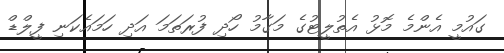
ގައުމީ އެންމެ މޮޅު އެތުލީޓުގެ މަގާމު ހޯދި ފުރަތަމަ އަދި ހަމައެކަނި ފީލްޑް